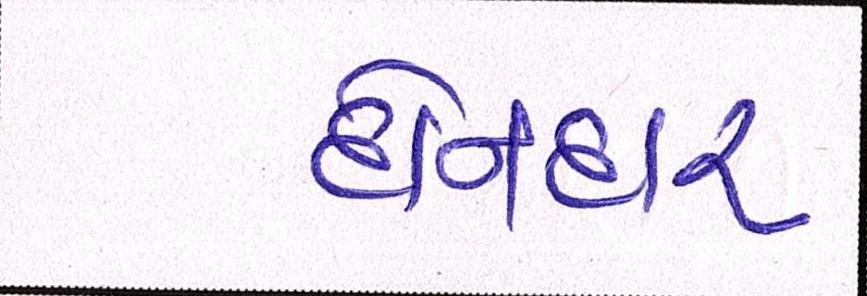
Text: દોનદાર